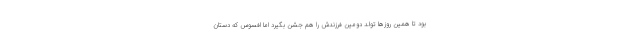
بود تا همین روزها تولد دومین فرزندش را هم جشن بگیرد اما افسوس که دستان